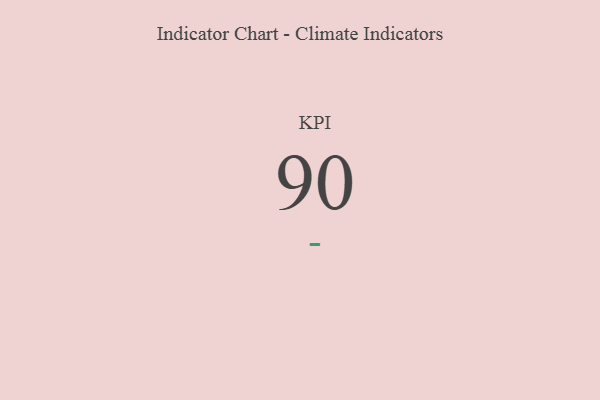
{"axis": {"x": "KPI", "y": "Value"}, "legend": [""], "data": [{"x": "KPI", "y": 90, "type": ""}]}